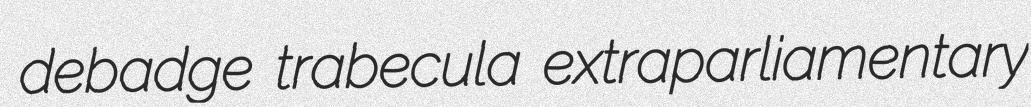
debadge trabecula extraparliamentary